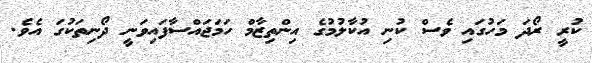
ކުރީ ރޯދަ މަހުގައި ވެސް ކުނި އުކާލުމުގެ އިންތިޒާމް ހަމަޖައްސާފައިވަނީ ދޯނިތަކުގަ އެވެ.